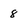
Character: 8